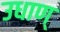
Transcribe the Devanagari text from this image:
उधाण्